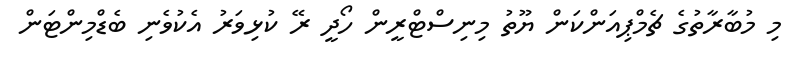
މި މުބާރާތުގެ ޗެމްޕިއަންކަން ޔޫތު މިނިސްޓްރީން ހޯދީ ރޭ ކުޅިވަރު އެކުވެނި ބެޑްމިންޓަން